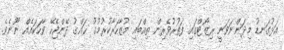
އަޅުގަނޑު މިދަންނަވަނީ ރިޒޯޓްގައި ފަތުރުވެރިން ތިއްބައި މުޒާހަރާކުރުމުގު ޙައްޤު ދޭންޖެހޭ ވާހަކައެއް ނޫނެވެ.